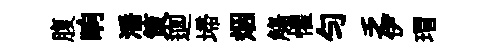
腹晌潘策逥埽烟觴懼勻乏伊瑁